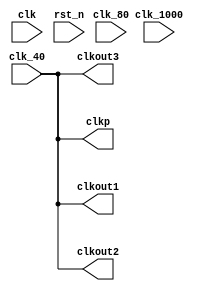
/*
	by:dan
	func:3tag 50ms 
*/
module process (	clk,rst_n,clk_1000,clk_40,clk_80,clkout1,clkout2,clkout3,clkp);
		input 	clk,clk_1000,clk_40,clk_80,rst_n;                       //clkFPGAC112MHz
      output	clkout1,clkout2,clkout3,clkp; 

 //parameterverilog
	parameter	WIDTH	= 20;             // 2**WIDTH-1
	parameter	N	= 2000;             // N < 2**WIDTH-1
 
	reg 	[WIDTH-1:0]	cnt_p,cnt_n;     //cnt_pcnt_n
	reg   [4:0] cnt_a;
	reg			clk_p,clk_n;     //clk_pclk_n
	reg	out1,out2,out3;
	//
	always @ (posedge clk_1000 or negedge rst_n )         //posedgenegedgeverilog
                                                         //clkrst_nalways
		begin
			if(!rst_n)
				cnt_p<=0;
			else if (cnt_p==(N-1))
				cnt_p<=0;
			else cnt_p<=cnt_p+1;             //N-1N
		end
 
    //,N50%N50%
    always @ (posedge clk_1000 or negedge rst_n)
		begin
			if(!rst_n)
				clk_p<=0;
			else if (cnt_p<(N>>1))          //N>>12
				clk_p<=0;
			else 
				clk_p<=1;               //clk
		end
   //2ms
 	always @ (posedge clk_p or negedge rst_n)
		begin
			if(!rst_n)
				begin
					cnt_n<=0;
					cnt_a<=0;
				end
			else if(cnt_n<26)
				begin
					cnt_n<=cnt_n+1;
					if(cnt_n==25)
						begin
							cnt_a<=cnt_a+1;
							cnt_n<=0;
						end
					if(cnt_a==4)
						cnt_n<=0;
				end
		end
		
//	always @ (posedge clk or negedge rst_n)
//		begin
//			if(!rst_n)
//				out1<=0;
//			else if(clk_p==1)
//				out1<=1;
//			else if(clk_p==0)
//				out1<=0;
//		end
//		
//	always @ (posedge clk or negedge rst_n)
//		begin
//			if(!rst_n)
//				out2<=0;
//			else if(clk_p==1)
//				out2<=1;
//			else if(clk_p==0)
//				out2<=0;
//		end
 
//assign clkout1 = (cnt_a==0)?(cnt_n==0?clk_40:0):(cnt_n==0?clk_80:0);      //
//assign clkout2 = (cnt_a==0)?(cnt_n==1?clk_40:0):(cnt_n==1?clk_80:0);      //
//assign clkout3 = (cnt_a==0)?(cnt_n==2?clk_40:0):(cnt_n==2?clk_80:0);      //

//assign clkout1 = cnt_a==1?clk_80:0;      //
//assign clkout2 = cnt_a==2?clk_80:0;      //
//assign clkout3 = cnt_a==3?clk_80:0;      //

assign clkout1 = clk_40;      //
assign clkout2 = clk_40;      //
assign clkout3 = clk_40;      //
assign clkp = clk_40;
                                                                    //N=1clk
                                                                    //NN0N0=0clk_p
                                                                    //NN1N0=1clk_p&clk_n


endmodule